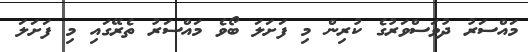
މައްސަރު ދުވަސްވަރުގެ ކުރިން މި ފަށަލަ ބޯވެ މައްސަރު ތެރޭގައި މި ފަށަލަ